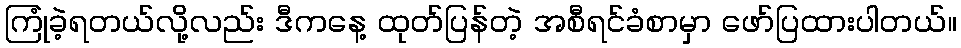
ကြုံခဲ့ရတယ်လို့လည်း ဒီကနေ့ ထုတ်ပြန်တဲ့ အစီရင်ခံစာမှာ ဖော်ပြထားပါတယ်။